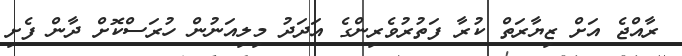
ރާއްޖެ އަށް ޒިޔާރަތް ކުރާ ފަތުރުވެރިންގެ އަދަދު މިލިއަނުން ހުރަސްކޮށް ދާން ފެށި